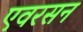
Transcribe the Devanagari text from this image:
एवरसन